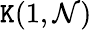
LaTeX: \mathtt{K}(1,{\mathcal{{N}}})